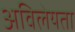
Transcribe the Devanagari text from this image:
अविलेयता